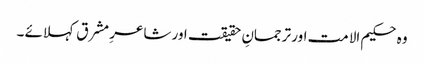
وہ حکیم الا مت اور ترجمانِ حقیقت اور شاعرِ مشرق کہلائے ۔